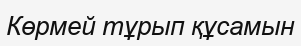
Көрмей тұрып құсамын